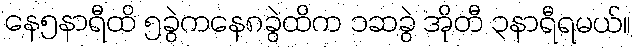
နေ၅နာရီထိ ၅ခွဲကနေ၈ခွဲထိက ၁ဆခွဲ အိုတီ ၃နာရီရမယ်။